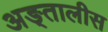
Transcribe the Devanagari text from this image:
अङ्तालीस